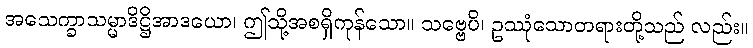
အသေက္ခာသမ္မာဒိဋ္ဌိအာဒယော၊ ဤသို့အစရှိကုန်သော။ သဗ္ဗေပိ၊ ဥဿုံသောတရားတို့သည် လည်း။